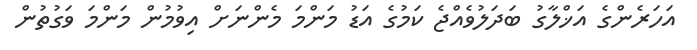
އަހަރެންގެ އަޚްލާގު ބަދަލުވެއްޖެ ކަމުގެ އަޑު މަންމަ މެންނަށް އިވުމުން މަންމަ ވަގުތުން